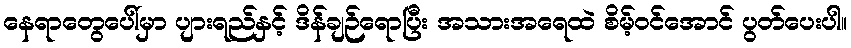
နေရာတွေပေါ်မှာ ပျားရည်နှင့် ဒိန်ချဉ်ရောပြီး အသားအရေထဲ စိမ့်ဝင်အောင် ပွတ်ပေးပါ။